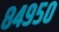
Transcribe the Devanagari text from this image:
८४९५०